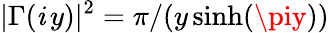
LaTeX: |\Gamma(\mathit{i}\, y)|^{2}=\pi/(y\sinh(\piy))